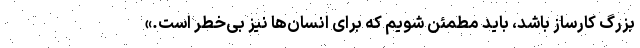
بزرگ کارساز باشد، باید مطمئن شویم که برای انسان‌ها نیز بی‌خطر است.»